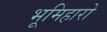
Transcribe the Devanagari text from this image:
भूमिहारो